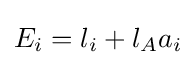
E_{i}=l_{i}+l_{A}a_{i}